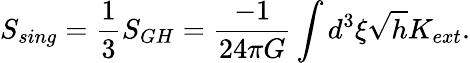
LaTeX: S_{sing}={\frac{1}{3}}S_{GH}={\frac{-1}{24\pi G}}\int d^{3}\xi\sqrt{h}K_{ext}.